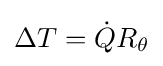
\Delta T={\dot {Q}}R_{\theta }